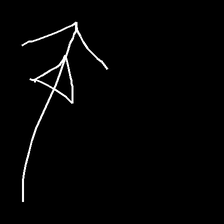
Glyph: pull